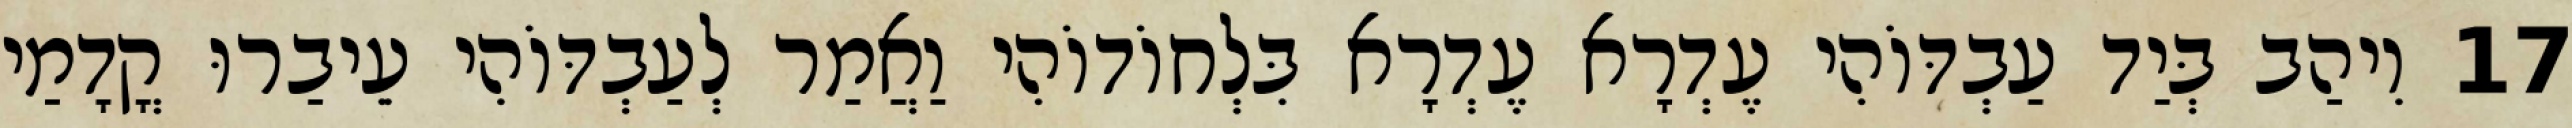
17 וִיהַב בְּיַד עַבְדּוֹהִי עֶדְרָא עֶדְרָא בִּלְחוֹדוֹהִי וַאֲמַר לְעַבְדּוֹהִי עֵיבַרוּ קֳדָמַי